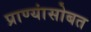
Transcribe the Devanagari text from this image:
प्राण्यांसोबत